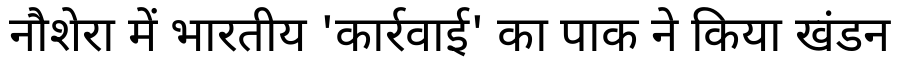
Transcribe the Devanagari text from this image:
नौशेरा में भारतीय 'कार्रवाई' का पाक ने किया खंडन